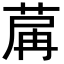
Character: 𦱲